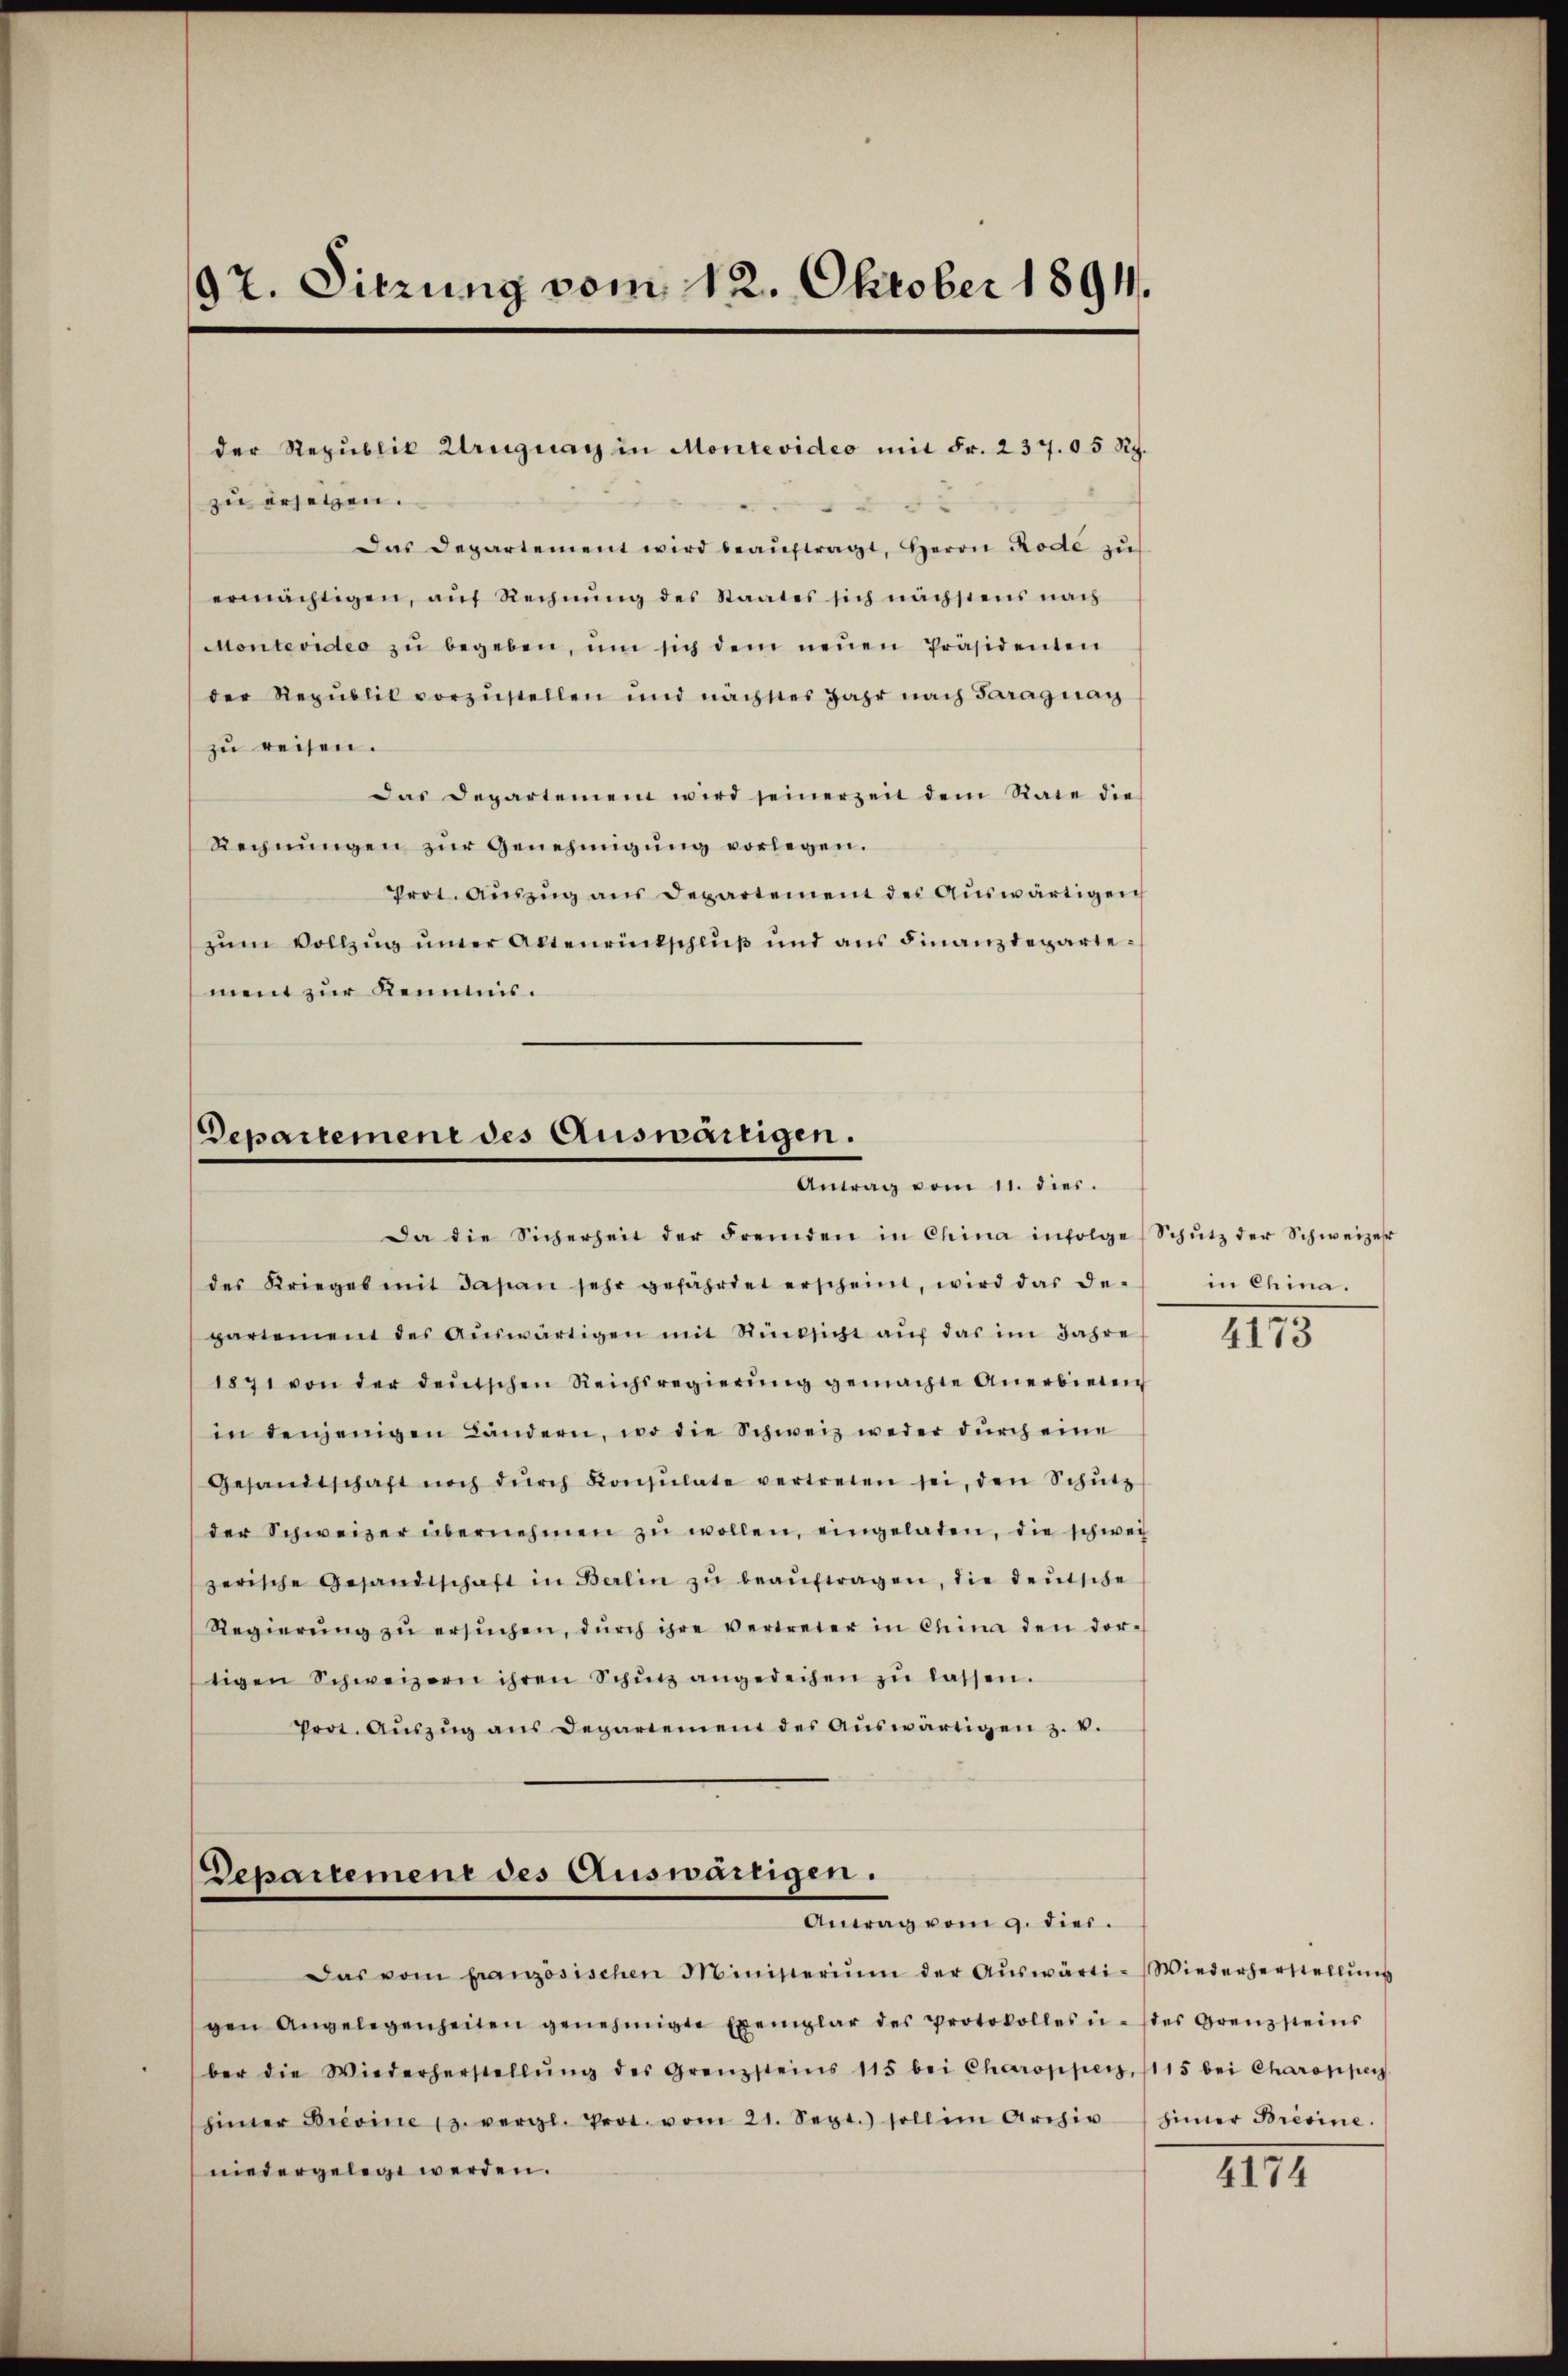
97. Sitzung vom 12. Oktober 1891.

zu ersetzen.
Das Departement wird beaŭftragt, Herrn Rode zu
ermächtigen, auf Rechnung des Staates sich nächstens nach
Montevideo zŭ begeben, ŭm sich dem neŭen Präsidenten
der Republik vorzustellen und nächstes Jahr nach Saraguay
zŭ reisen.
Das Departemen wird seinerzeit dem Rate die
Rechnŭngen zŭr Genehmigŭng vorlegen.
Prot. Aŭszŭg aŭs Departement des Aŭswärtigen
zum Vollzug uner Altenrückschluß und aus Finanzdepartement zur Kenntnis.

der Republik Uruguay in Montevideo mit Fr. 237. 05 Rp.

Departement des Auswärtigen.
Antrag vom 11. dies.

Departemene des Auswärtigen.
Antons vom g. dies

Da die Sicherheit der Fremden in China infolge (Schŭtz der Schweizer
des Krieges mit das an sehr gefährdet erscheint, wird das de-
partement des auswärtigen mit Rücksicht auf das im Jahre
1871 von der deutschen Reichsregierŭng gemachte Anerbieten
in denjenigen Ländern, wo die Schweiz weder durch eine
Gesandtschaft noch dŭrch Konsulate vertreten sei, den Schŭtz
der Schweizer übernehmen zŭ wollen, eingeladen, die schwei
zerische Gesandtschaft in Berlin zŭ beaŭftragen, die deutsche
Regierŭng zŭ ersŭchen, dŭrch ihre vertreter in China den dor-
tigen Schweizern ihren Schinz angedeihen zŭ lassen.
Prot. Aŭszŭg ans Departement des Aŭswärtigen z. v.

Das vom französischen Ministerium der Aŭswärti-Wiederherstellung
gen Angelegenheiten genehmigte Exemplar des Protokolles u. stes Grenzsteins
ber die Wiederherstellŭng des Grenzsteins 115 bei Charopper, 1115 bei Charoppen
hinner Brevine 13. vergl. Prot. vom 21. Sept. soll im Archiv imer Bresine.
niedergelegt werden.

in China.

III

IIII